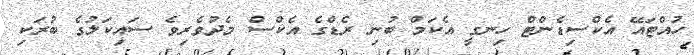
ހުއްޓައޭ އެކްސިޑެންޓް ހިނގީ އެކަމް ބުނި ރެޑްގެ އެކްސް މެދުވެރިވެ ސައިކަލުގެ ބުރަކި